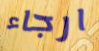
ارجاء